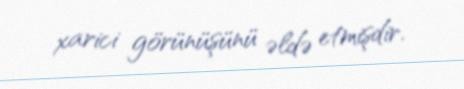
xarici görünüşünü əldə etmişdir.